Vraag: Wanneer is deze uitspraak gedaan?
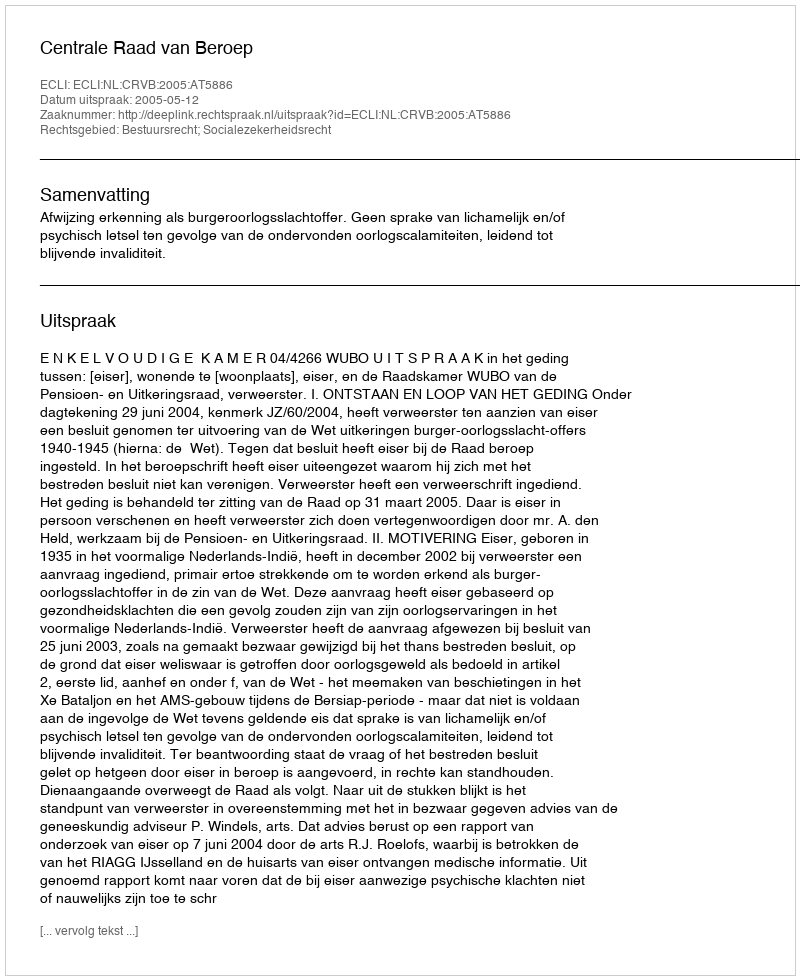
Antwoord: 2005-05-12